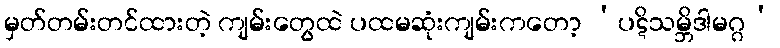
မှတ်တမ်းတင်ထားတဲ့ ကျမ်းတွေထဲ ပထမဆုံးကျမ်းကတော့ ‘ပဋိသမ္ဘိဒါမဂ္ဂ’